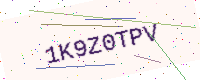
Text: 1K9Z0TPV